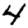
Digit: 4